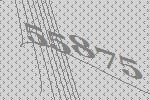
55875